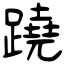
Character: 蹺